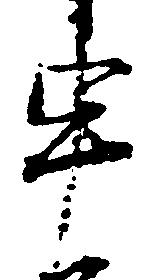
申